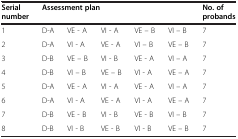
<table><thead><tr><td><b>Serial number</b></td><td colspan="5"><b>Assessment plan</b></td><td><b>No. of probands</b></td></tr></thead><tbody><tr><td>1</td><td>D-A</td><td>VE - A</td><td>VI - A</td><td>VE – B</td><td>VI – B</td><td>7</td></tr><tr><td>2</td><td>D-A</td><td>VI - A</td><td>VE - A</td><td>VI – B</td><td>VE – B</td><td>7</td></tr><tr><td>3</td><td>D-B</td><td>VE – B</td><td>VI - B</td><td>VE - A</td><td>VI – A</td><td>7</td></tr><tr><td>4</td><td>D-B</td><td>VI – B</td><td>VE – B</td><td>VI - A</td><td>VE – A</td><td>7</td></tr><tr><td>5</td><td>D-A</td><td>VE - A</td><td>VI - A</td><td>VE - A</td><td>VI – A</td><td>7</td></tr><tr><td>6</td><td>D-A</td><td>VI - A</td><td>VE - A</td><td>VI - A</td><td>VE – A</td><td>7</td></tr><tr><td>7</td><td>D-B</td><td>VE - B</td><td>VI - B</td><td>VE - B</td><td>VI – B</td><td>7</td></tr><tr><td>8</td><td>D-B</td><td>VI - B</td><td>VE - B</td><td>VI - B</td><td>VE – B</td><td>7</td></tr></tbody></table>